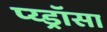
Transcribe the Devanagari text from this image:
प्य्ड्रॉसा